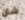
شان